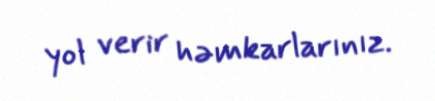
yol verir həmkarlarınız.